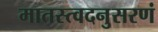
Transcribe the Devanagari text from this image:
मातस्त्वदनुसरणं